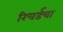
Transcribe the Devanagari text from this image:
रिचर्डचा